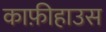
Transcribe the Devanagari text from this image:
काफ़ीहाउस